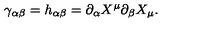
\gamma _ { \alpha \beta } = h _ { \alpha \beta } = \partial _ { \alpha } X ^ { \mu } \partial _ { \beta } X _ { \mu } .